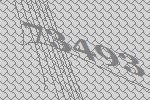
73493